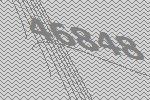
46848